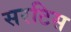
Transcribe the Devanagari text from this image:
सरटिस